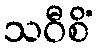
သဝီစိံ